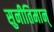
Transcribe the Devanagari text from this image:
सुनीतिमान्‌